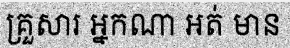
គ្រួសារ អ្នកណា អត់ មាន